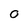
Character: o